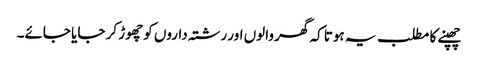
چھپنے کا مطلب یہ ہوتا کہ گھر والوں اور رشتہ داروں کو چھوڑ کر جایا جائے۔